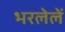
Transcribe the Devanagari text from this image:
भरलेलें